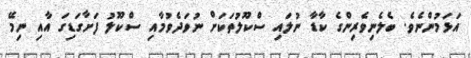
އަޅަމުންނެވެ. ބެލެނިވެރިންގެ ކާޑާ ނުލައި ސްކޫލުތަކަށް ނުވަދެވުމާއި ސްކޫލު ފަށާގަޑިގަ އާއި ނިމޭ